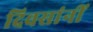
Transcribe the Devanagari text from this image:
दिवसांनीं